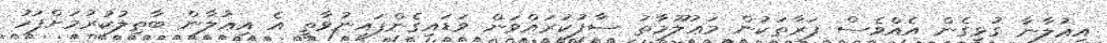
އިޢުލާނާ ގުޅިގެން އެއްވެސް ފަރާތަކުން މަޢުލޫމާތު ސާފުކުރައްވަން ވަޑައިގެންފައިނުވާތީ އެ އިޢުލާން ބާޠިލުކުރުމަށްފަހު